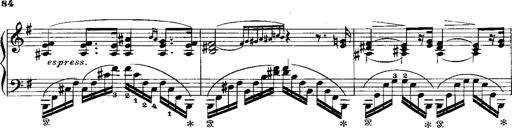
Title: RÃ©miniscences de Norma de Bellini
Composer: Franz Liszt